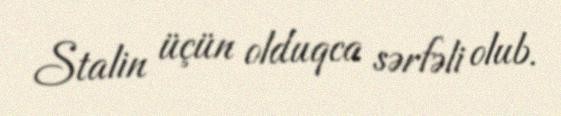
Stalin üçün olduqca sərfəli olub.